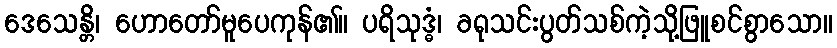
ဒေသေန္တိ၊ ဟောတော်မူပေကုန်၏။ ပရိသုဒ္ဓံ၊ ခရုသင်းပွတ်သစ်ကဲ့သို့ဖြူစင်စွာသော။